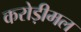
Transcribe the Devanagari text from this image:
करोड़ीमल